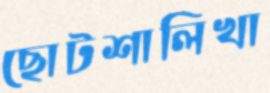
ছোটশালিখা